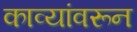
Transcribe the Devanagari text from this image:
काव्यांवरून